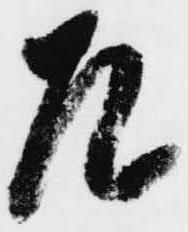
左